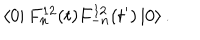
\left\langle 0 \right| F _ { n } ^ { 1 2 } ( t ) F _ { - n } ^ { 1 2 } ( t ^ { \prime } ) \left| 0 \right\rangle .